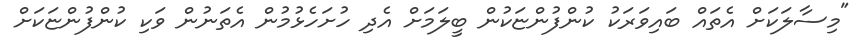
"މިސާލަކަށް އެތައް ބައިވަރަކު ކުންފުންޏަކުން ބީލަމަށް އެދި ހުށަހެޅުމުން އެތަނުން ވަކި ކުންފުންޏަކަށް